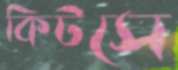
কিটসে